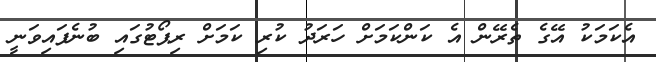
އެކަމަކު އޭގެ ތެރޭން އެ ކަންކަމަށް ހަރަދު ކުރި ކަމަށް ރިޕޯޓުގައި ބުނެފައިވަނީ